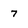
Character: 7